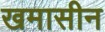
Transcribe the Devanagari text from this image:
खमासीन